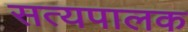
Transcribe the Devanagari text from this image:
सत्यपालक